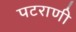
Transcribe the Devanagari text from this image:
पटराणी